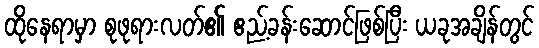
ထိုနေရာမှာ စုဖုရားလတ်၏ ဧည့်ခန်းဆောင်ဖြစ်ပြီး ယခုအချိန်တွင်